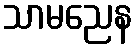
သာမညေန